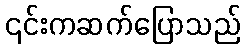
၎င်းကဆက်ပြောသည်